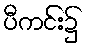
ပီကင်း၌